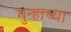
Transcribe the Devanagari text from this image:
गुन्हाच्या